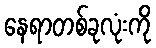
နေရာတစ်ခုလုံးကို